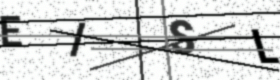
Text: EISL